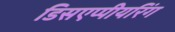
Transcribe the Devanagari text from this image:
डिसएप्पीयरिंग